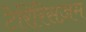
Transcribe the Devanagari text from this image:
टेरिरिसज़म